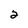
Character: 2